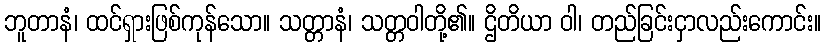
ဘူတာနံ၊ ထင်ရှားဖြစ်ကုန်သော။ သတ္တာနံ၊ သတ္တဝါတို့၏။ ဌိတိယာ ဝါ၊ တည်ခြင်းငှာလည်းကောင်း။